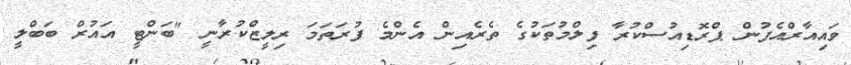
ވައިއާރްއެފުން ޕްރޮޑިއުސްކުރާ ފިލްމުތަކުގެ ތެރެއިން އެންމެ ފުރަތަމަ ރިލީޒްކުރާނީ "ބަންޓީ އައުރް ބަބްލީ